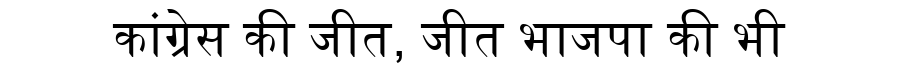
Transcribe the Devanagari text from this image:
कांग्रेस की जीत, जीत भाजपा की भी